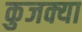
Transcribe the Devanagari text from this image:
कुजक्या